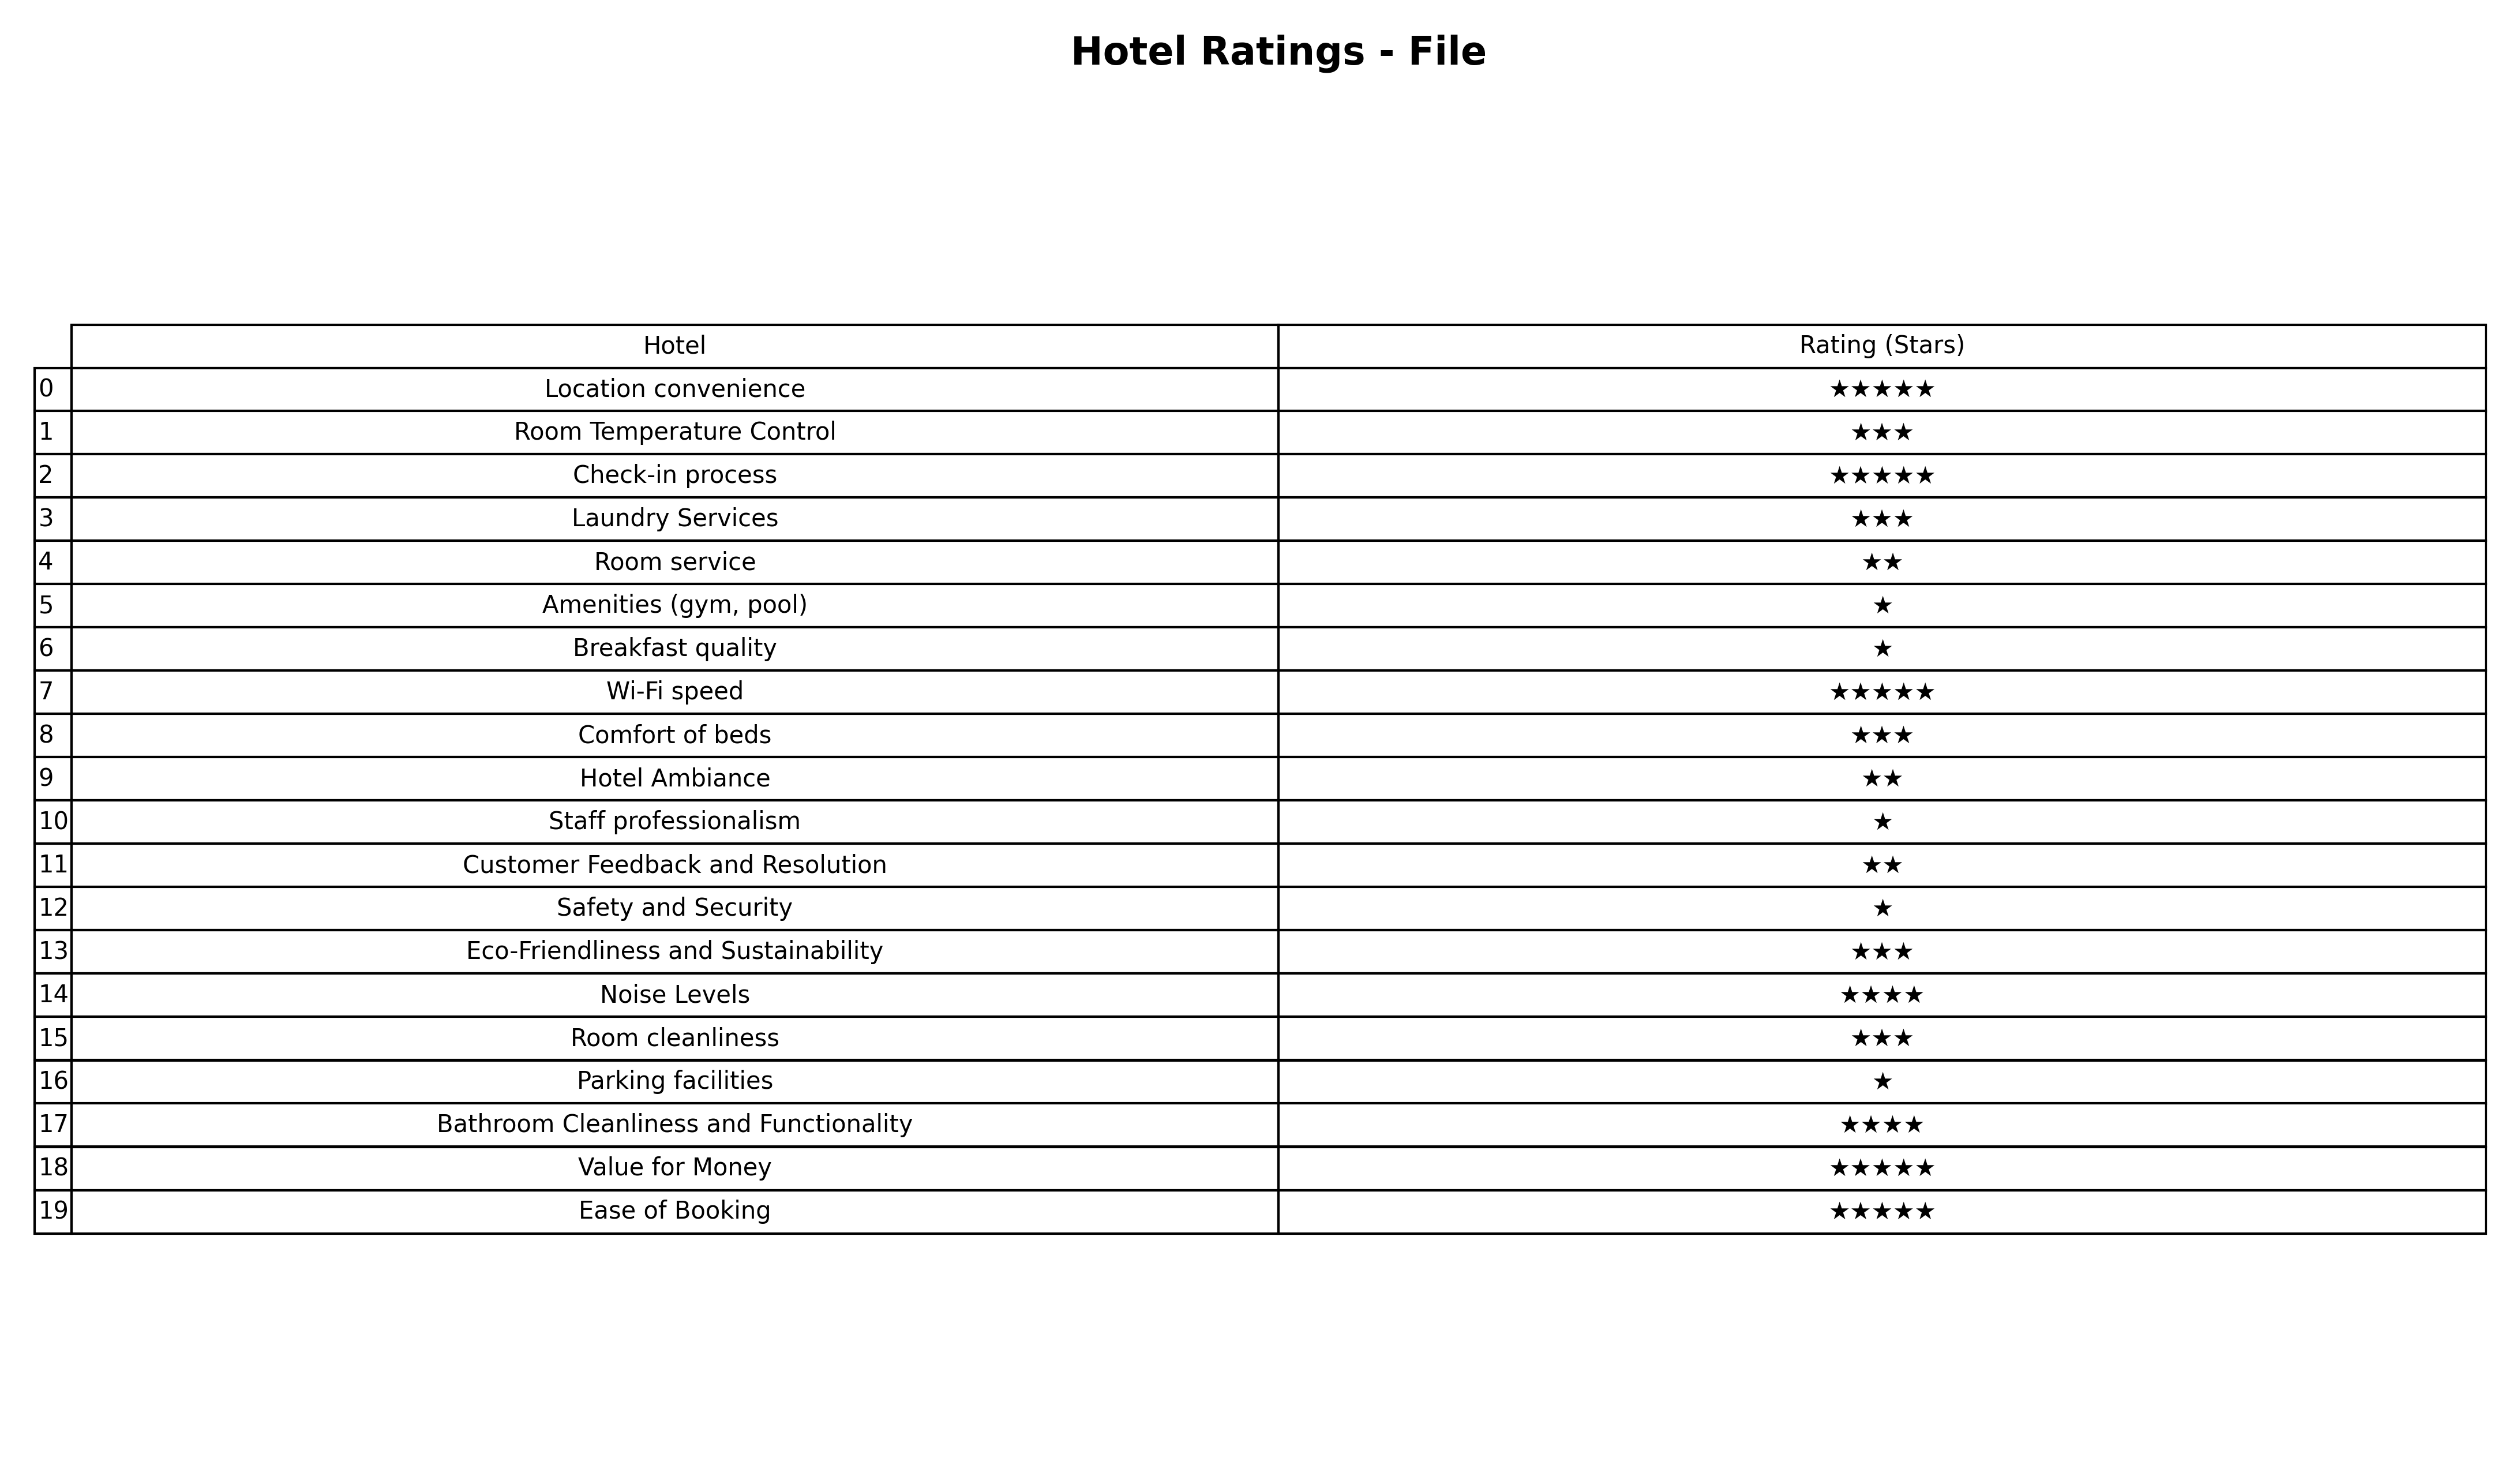
question: What is the rating of Comfort of beds?
answer: ★★★